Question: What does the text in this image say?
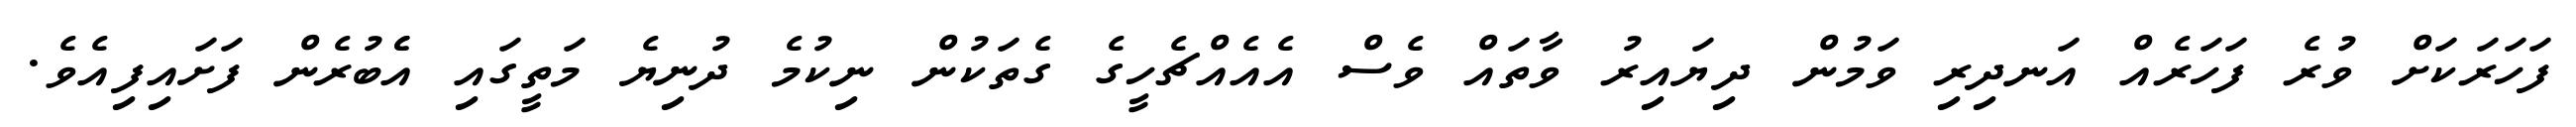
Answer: ފަހަރަކަށް ވުރެ ފަހަރެއް އަނދިރި ވަމުން ދިޔައިރު ވާތައް ވެސް އެއެއްޗެހީގެ ގެތަކުން ނިކުމެ ދުނިޔެ މަތީގައި އެެބުރެން ފަށައިފިއެވެ.